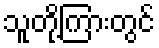
သူတို့ကြားတွင်